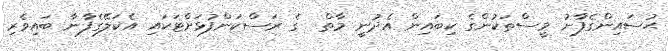
ޙުސައިންގެފާނު މީސްތަކުންގެ ކިބައިން އެދުނީ މާތް  ގެ ރަސްކަންފުޅަށްޓަކައި އެކަލޭގެފާނާ ބައިވެރި